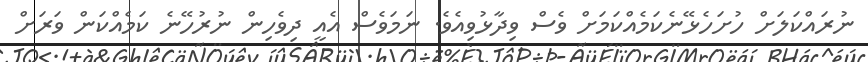
ނުރައްކަލަށް ހުށަހެޅޭނެކަމެއްކަމަށް ވެސް ވިދާޅުވިއެވެ. ނަމަވެސް އެއީ ދިވެހިން ނުރުހޭނެ ކަމެއްކަން ވަރަށް